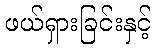
ဖယ်ရှားခြင်းနှင့်